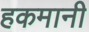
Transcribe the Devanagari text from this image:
हकमानी